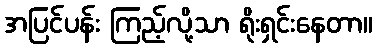
အပြင်ပန်း ကြည့်လို့သာ ရိုးရှင်းနေတာ။